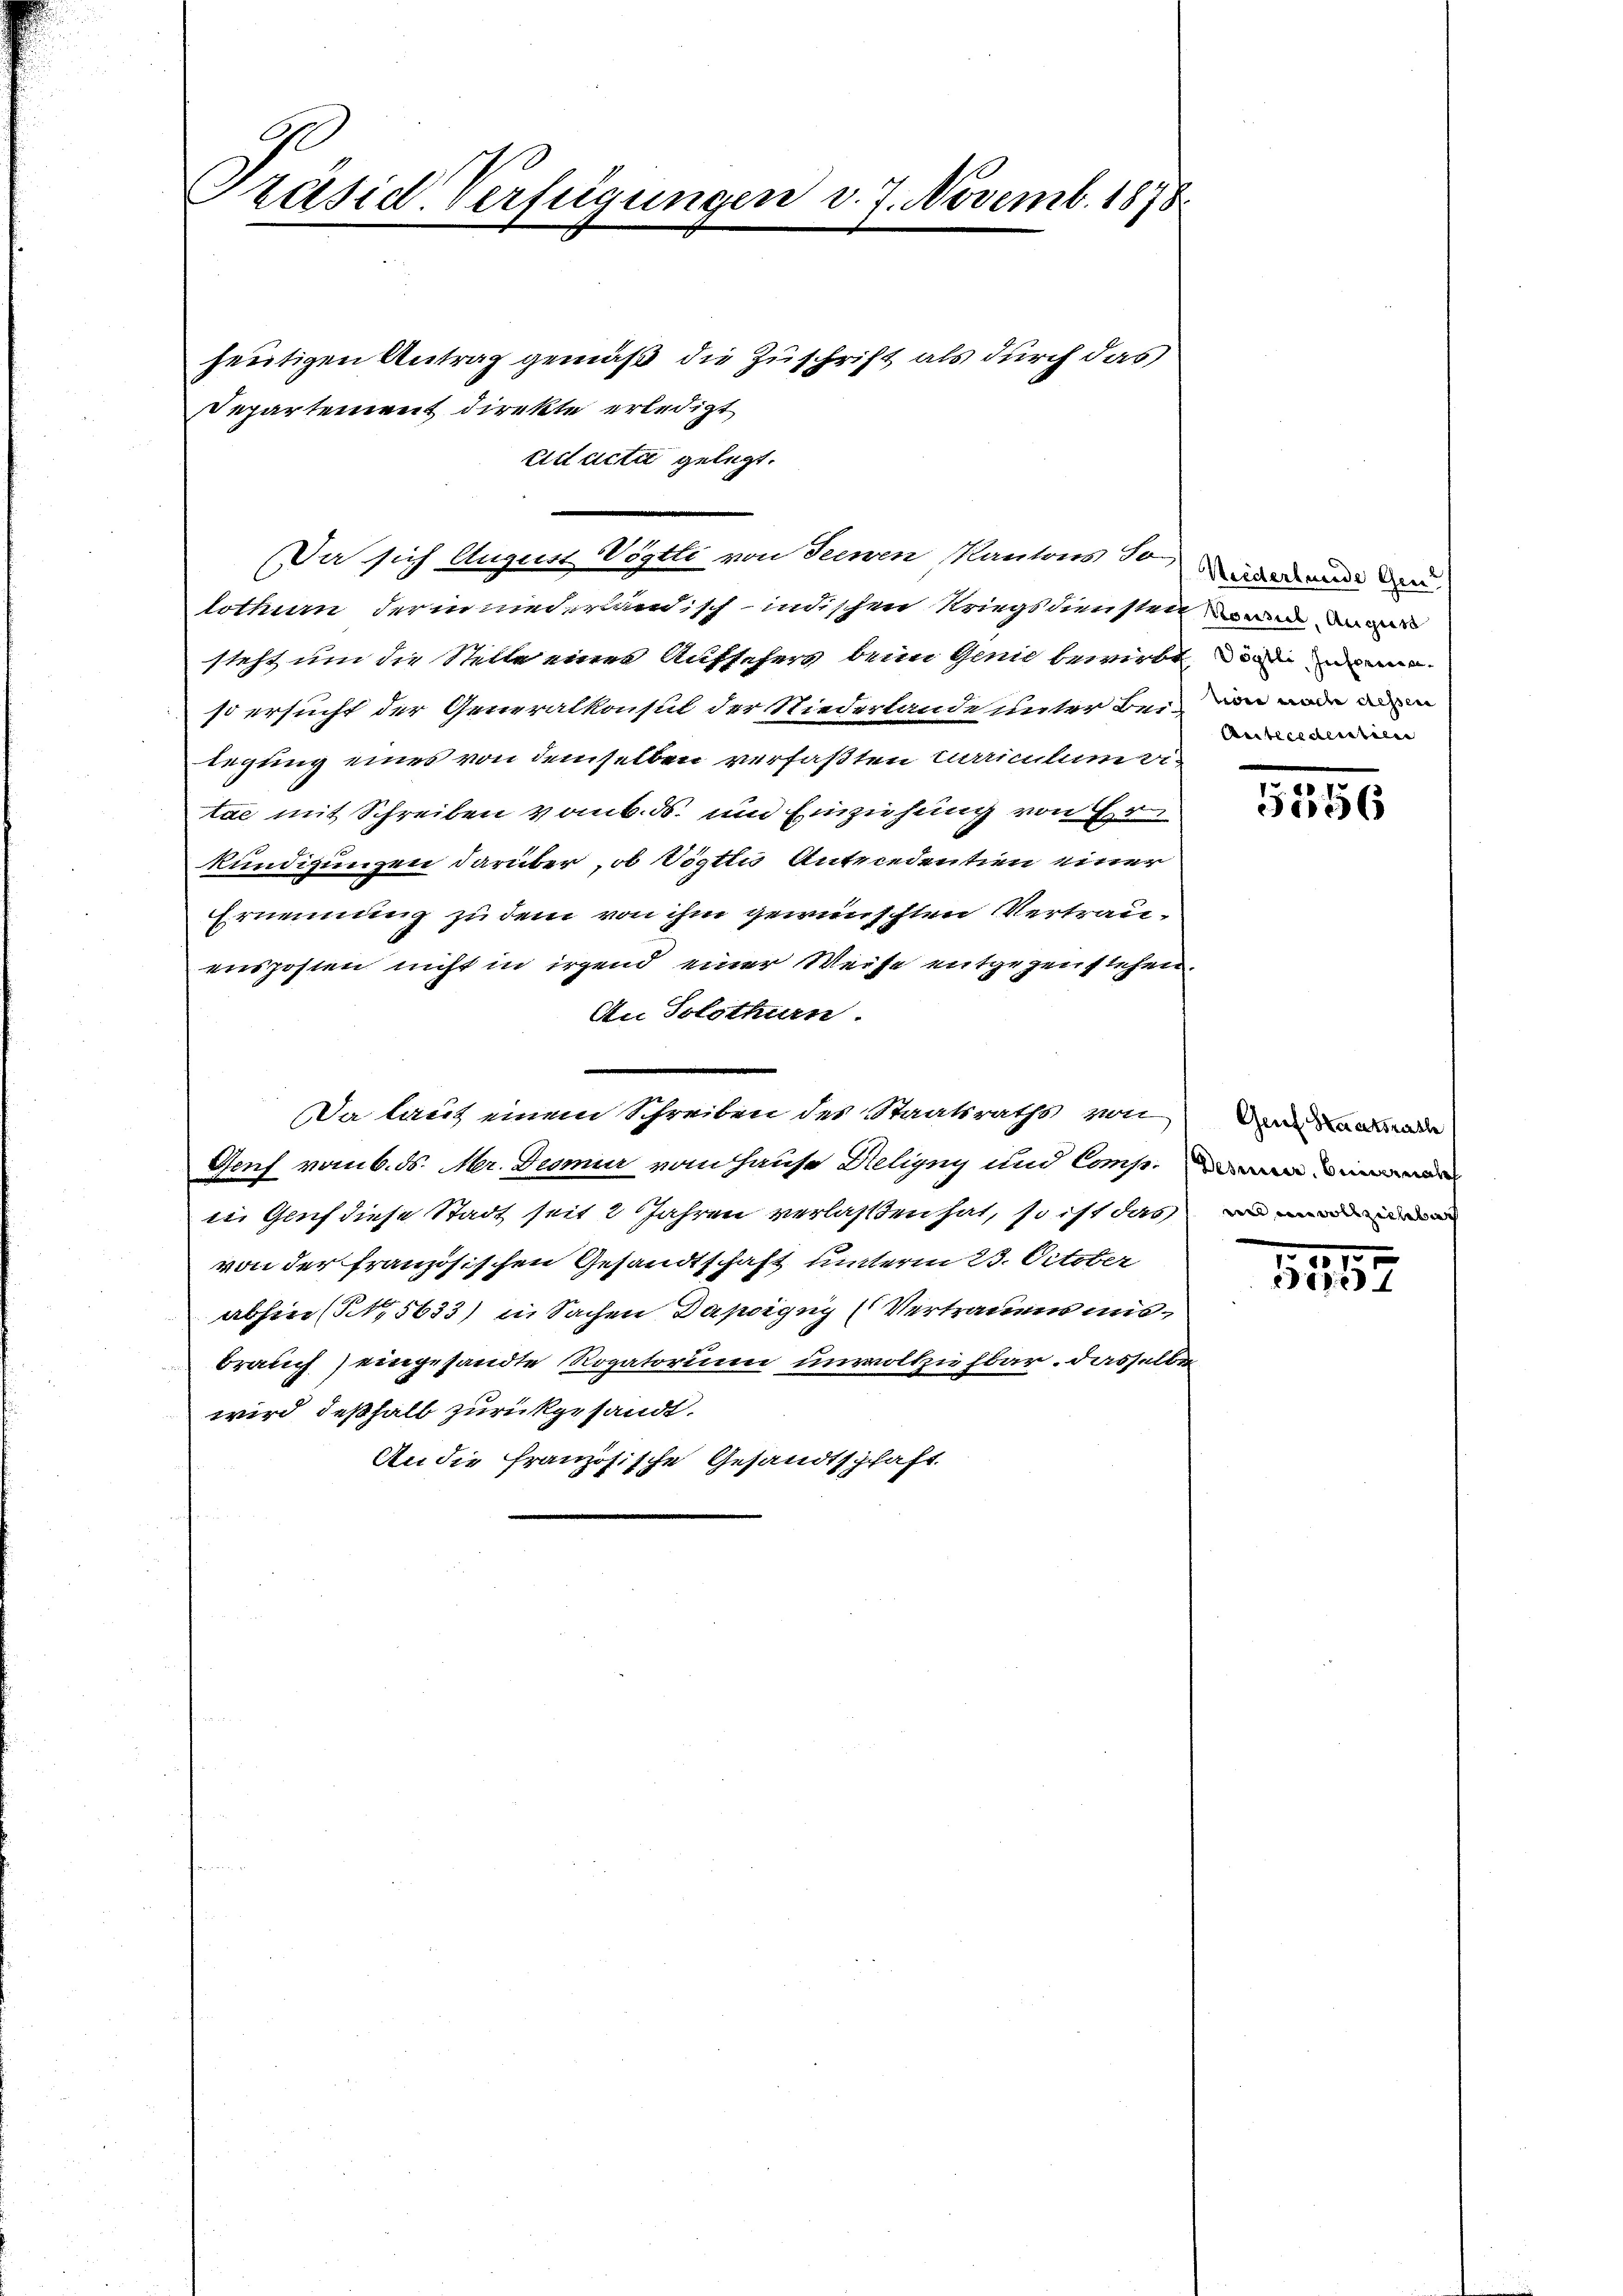
Präsid. Verfügungen v. 7. Novemb. 1878.
heutigen Antrag gemäß die Zuschrift als durch das
Departement direkte erledigt

Eid acta gelegt.

Da sich August Vogtli von Seewen Kantons Sonde und den

lothurn derin niederländisch-indischen Kriegsdiensten an das
steht um die Stelle einer Aufseher dein Glein bewirkt, mein
so ersucht der Generalkonsul der Niederlande unter Bei den unde de
legung eines von demselben verfaßten Curiculum eitae mit Schreiben vom 6. ds. und Einziehung von E
Kündigungen darüber, ob Vogtli Antecedentien einer
Ernennung zu dem von ihm gewünschten Vertrauensposten nicht in irgend einer Weise entgegen siehen.
An Solothurn.
Da lauf einem Schreiben des Staatsraths von der ande
Genf vom 6. ds. Mr. Demmier vom Hause Deligny und Compen
i. Genf diese Stadt seit 2 Jahren verlassen hat, so ist das
von der französischen Gesandtschaft unterm 23. October
abhin (§. 5633) in Sachen Dapoigny (Vertrauens ausbrauch) eingesandte Rogatorium unvollziehbar, dasselbe
wird deßhalb zurückgesandt.
An die französische Gesandtschaft.

Antecedentien

5556

1797.